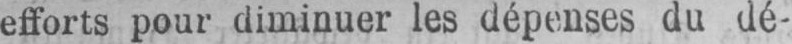
efforts pour diminuer les dépenses du dé-